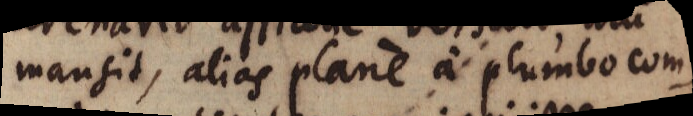
mansit, alias plane a plumbo com